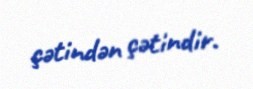
çətindən çətindir.